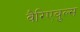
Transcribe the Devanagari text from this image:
वैरिएबुल्स